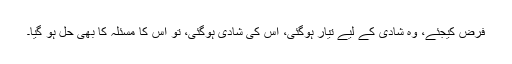
فرض کیجئے، وہ شادی کے لیے تیار ہوگئی، اس کی شادی ہوگئی، تو اس کا مسئلہ کا بھی حل ہو گیا۔